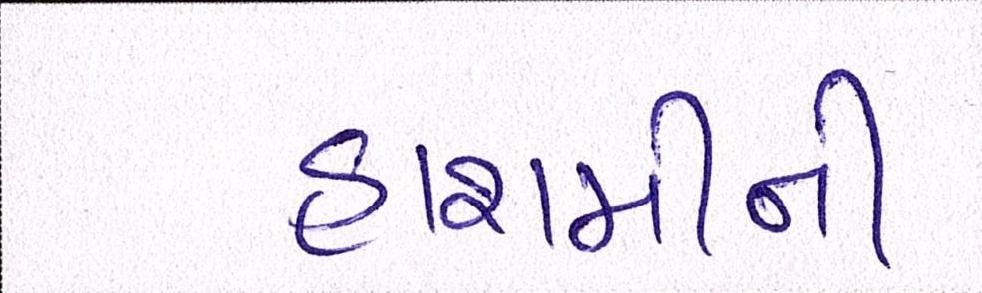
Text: હાશમીની